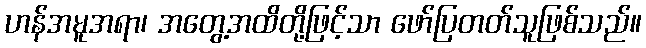
ဟန်အမူအရာ၊ အတွေ့အထိတို့ဖြင့်သာ ဖော်ပြတတ်သူဖြစ်သည်။